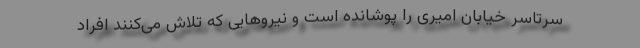
سرتاسر خیابان امیری را پوشانده است و نیروهایی که تلاش می‌کنند افراد